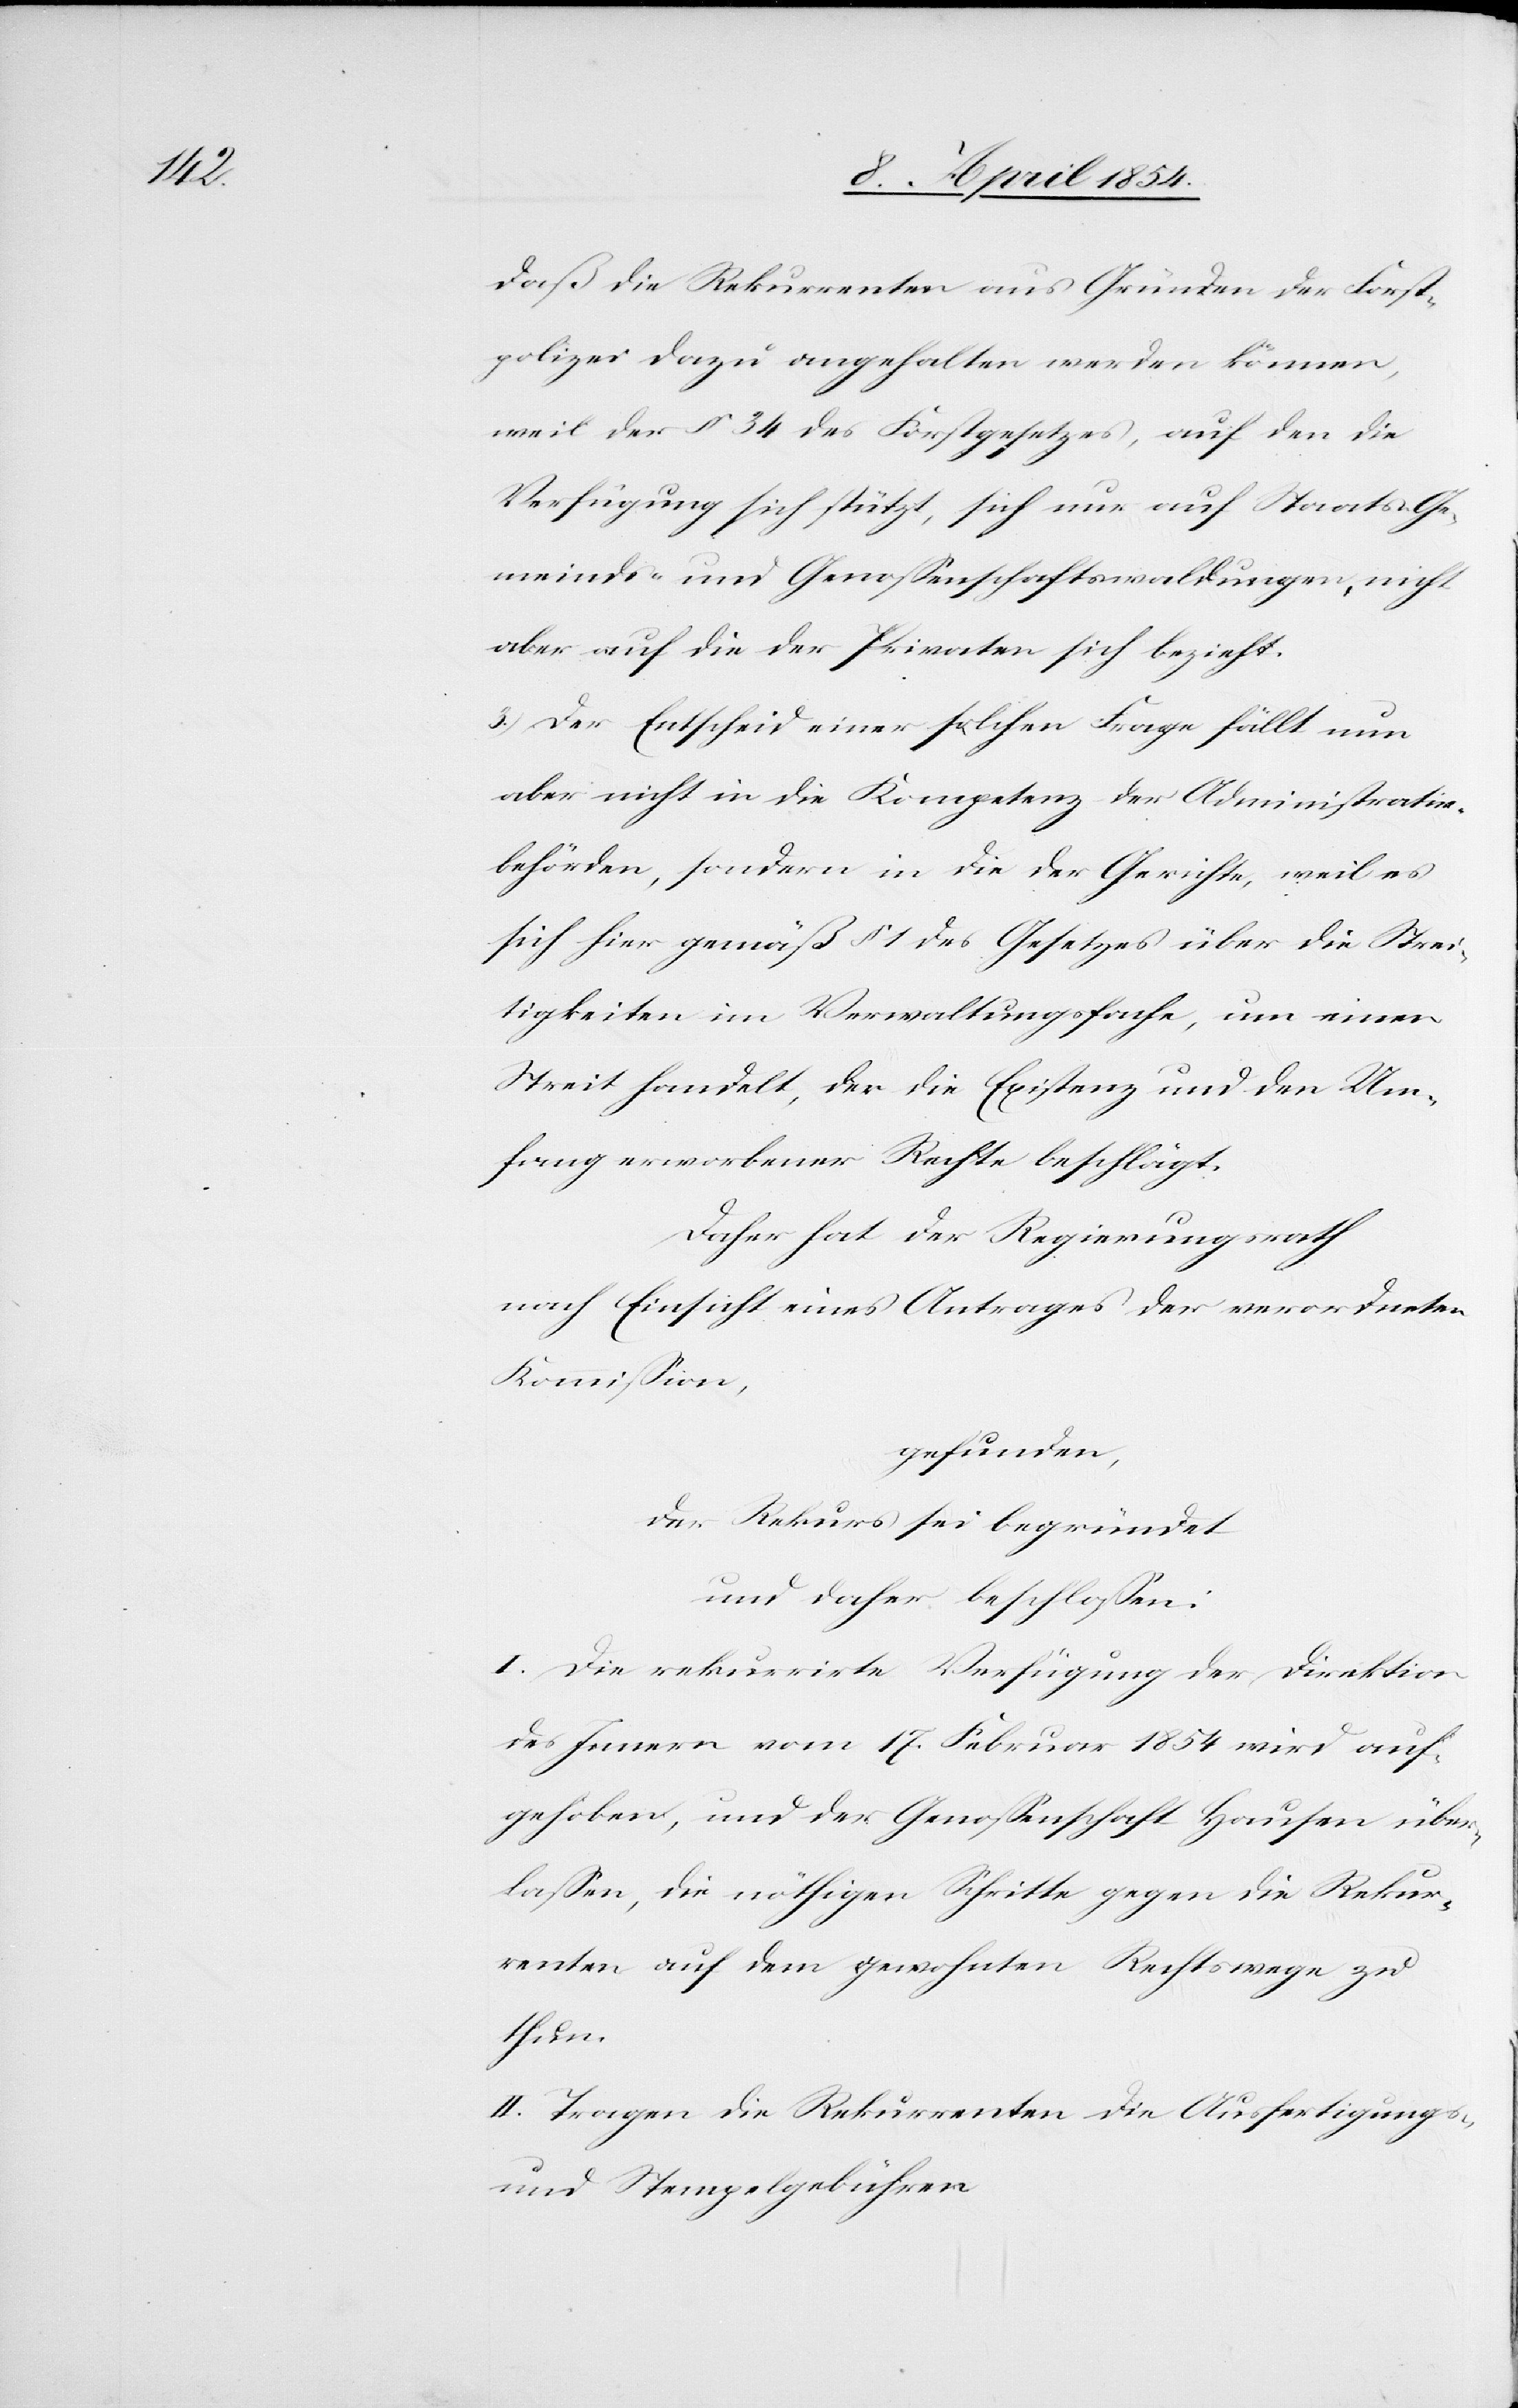
daß die Rekurrenten aus Gründen der Forst¬
polizei dazu angehalten werden können,
weil der § 34 des Forstgesetzes, auf den die
Verfügung sich stützt, sich nur auf Staats-[,] Ge¬
meinds- und Genoßenschaftswaldungen, nicht
aber auf die der Privaten sich bezieht.
3.) Der Entscheid einer solchen Frage fällt nun
aber nicht in die Kompetenz der Administrativ¬
behörden, sondern in die der Gerichte, weil es
sich hier gemäß § 1 des Gesetzes über die Strei¬
tigkeiten im Verwaltungsfache, um einen
Streit handelt, der die Existenz und den Um¬
fang erworbener Rechte beschlägt.
Daher hat der Regierungsrath
nach Einsicht eines Antrages der verordneten
Kommißion,
gefunden,
der Rekurs sei begründet
und daher beschloßen:
I. Die rekurrirte Verfügung der Direktion
des Innern vom 17. Februar 1854 wird auf¬
gehoben, und der Genoßenschaft Hausen über¬
laßen, die nöthigen Schritte gegen die Rekur¬
renten auf dem gewohnten Rechtswege zu
thun.
II. Tragen die Rekurrenten die Ausfertigungs-
und Stempelgebühren.